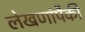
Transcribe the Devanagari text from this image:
लेखणांपैकी